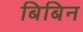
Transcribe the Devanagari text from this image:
बिबिन